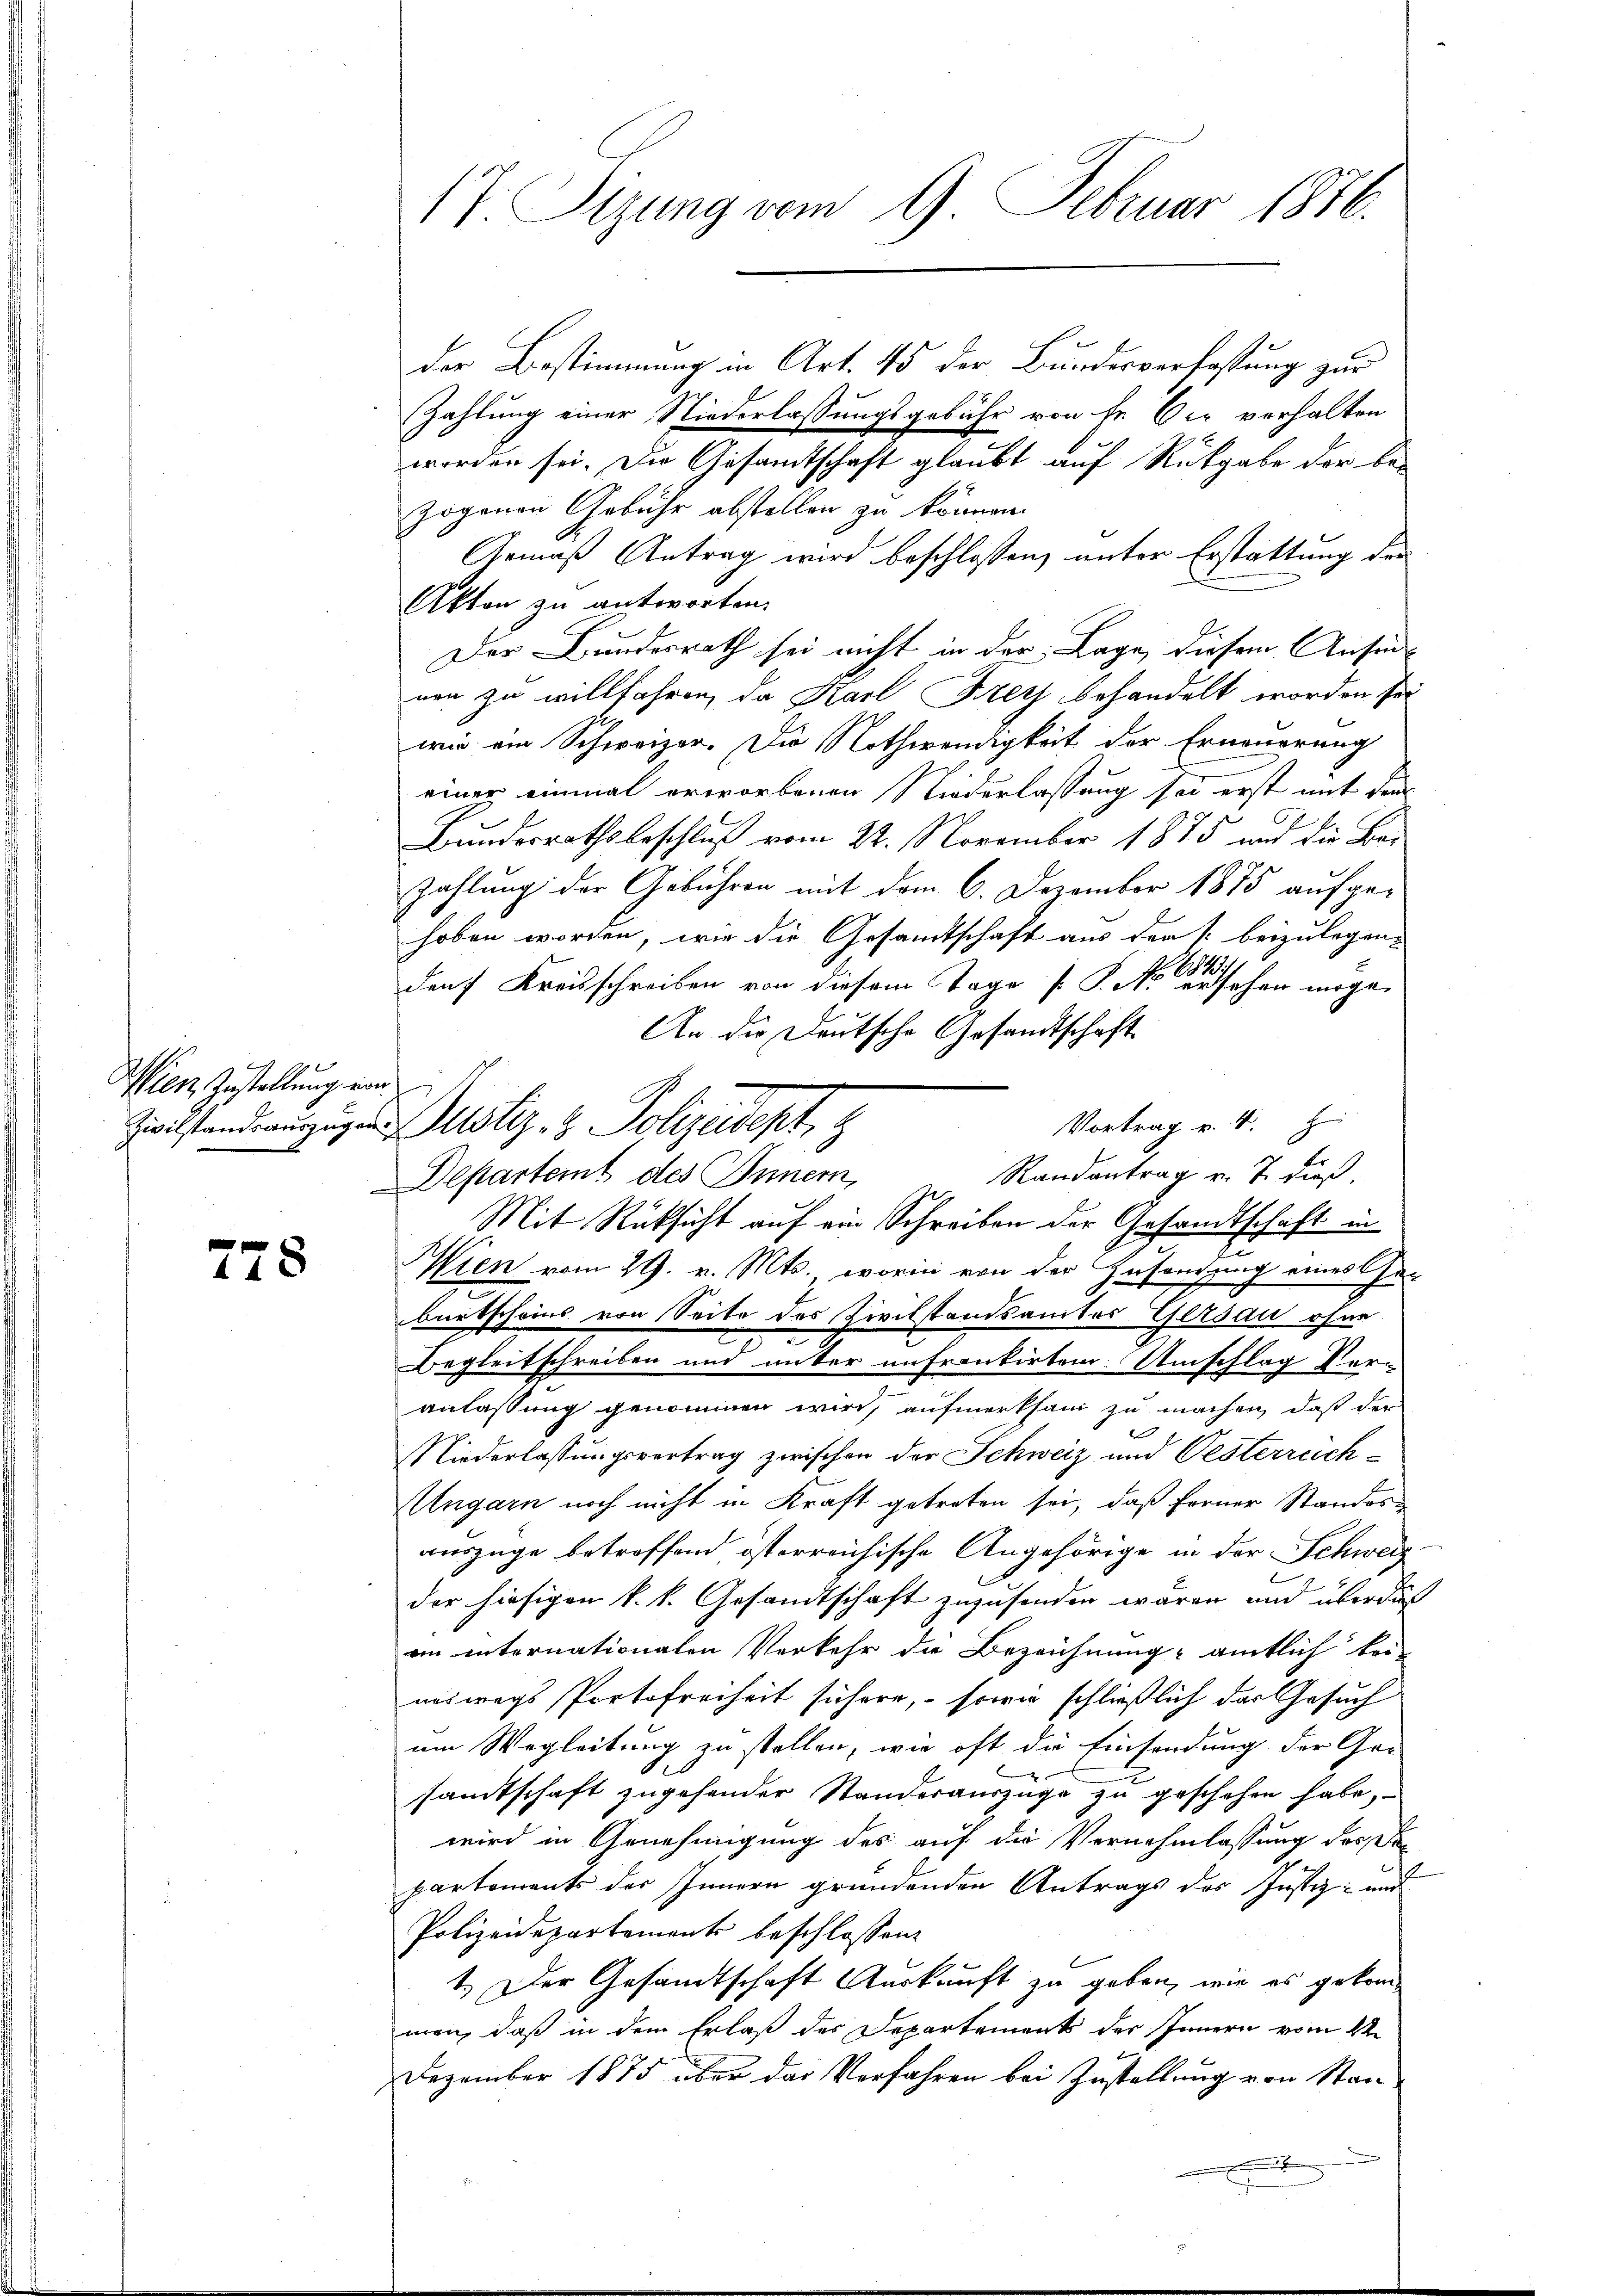
Wien Zustellung von

278

17. Sizung vom 9. Februar 1886.

der Bestimmung in Art. 45 der Bundesverfassung zur
Zahlung einer Niederlassungsgebühr von fe Oer verhalten
worden sei. Die Gesamtschaft glaubt auf Rückgabe der bezogenen Gebühr abstellen zu können.
Gemäß Antrag wird beschlossen, unter Erstattung der
Akten zu antworten.
Der Bundesrath sei nicht in der Lage, diesem Ansic
nen zu willfahren, da Karl Frey behandelt worden sei
ge
wie ein Schweizer. Die Nothwendigkeit der Erneuerung
einer einmal erworbenen Niederlassung sei erst mit den
Bundesrathsbeschluß vom 22. November 1875 und die Bei-
zahlung der Gebühren mit dem 6. Dezember 1875 aufgehoben worden, wie die Gesandtschaft aus den s. beizulegen.
dorf Kreisschreiben von diesem Tage K. M. ersehen morge.
An die Deutsche Gesandtschaft
Vortrag v. 4. z
Randantrag v. 7. dieß,
Departeit des Innern,
Mit Rücksicht auf ein Schreiben der Gesandtschaft in
Wien vom 29. v. Mts., worin von der Zusendung eines Ge-
burtscheins von Seite des Zivilstandsamtes Gersau ohne
Begleitschreiben und unter unfrontirtem Umschlag Vor-
anlassung genommen wird, aufmerksam zu machen, daß der
Niederlassungsvertrag zwischen der Schweiz und Oesterrich¬
Ungarn noch nicht in Kraft getreten sei, daß ferner Standesauszüge betreffend österreichische Angehörige in der Schweiz

der hiesigen k. k. Gesandtschaft zuzusenden wären und über das
en internationalen Verkehr die Bezeichnung amtlich kon-
neswegs Portofreiheit sichere, sowie schließlich das Gesuch
um Wegleitung zu stellen, wie oft die Einsendung der Ger
samtschaft zugehender Standerauszüge zu geschehen habe,
wird in Genehmigung des auf die Vernehmlassung der Se
e
partements der Innern gründenden Antrags des Justiz- und
Polizeidepartements beschlossen.
1.) Der Gesandtschaft Auskauft zu geben, wie es gekommen, daß in dem Erlaß des Departement der Innern vom 2ten
Dezember 1875 über das Verfahren bei Zustellung von Stan
e

Zivilstand angegen Justiz- & Polizeidept, z